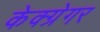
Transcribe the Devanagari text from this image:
केक्ग्रेगर